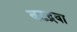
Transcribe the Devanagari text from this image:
बटद्रवा